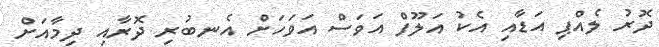
ދޮރު ލެއްޕި އަޑާއި އެކު އަލޫފް އަވަސް އަވަހަށް އެނބުރި ދޮރާއި ދިމާއަށް